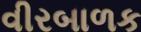
વીરબાળક